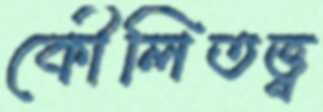
কৌলিতত্ত্ব